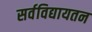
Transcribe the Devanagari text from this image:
सर्वविद्यायतन